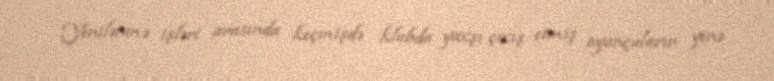
Yenilənmə işləri arasında keçmişdə klubda yaxşı çıxış etmiş oyunçuların yenə